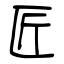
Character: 匠